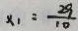
x _ { 1 } : \frac { 2 9 } { 1 0 }